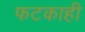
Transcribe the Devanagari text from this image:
फटकाही